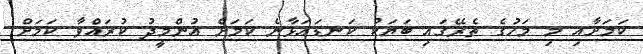
ކަމަށާއި މި މަހުގެ ތެރޭގައި ބަޔަކު ކަނޑައަޅާނެ ކަމަށް އުންމީދު ކުރައްވާ ކަމަށް